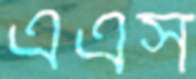
এএস